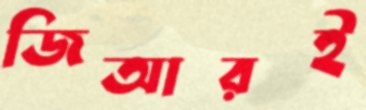
জিআরই